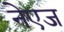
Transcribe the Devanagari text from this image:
नेएज